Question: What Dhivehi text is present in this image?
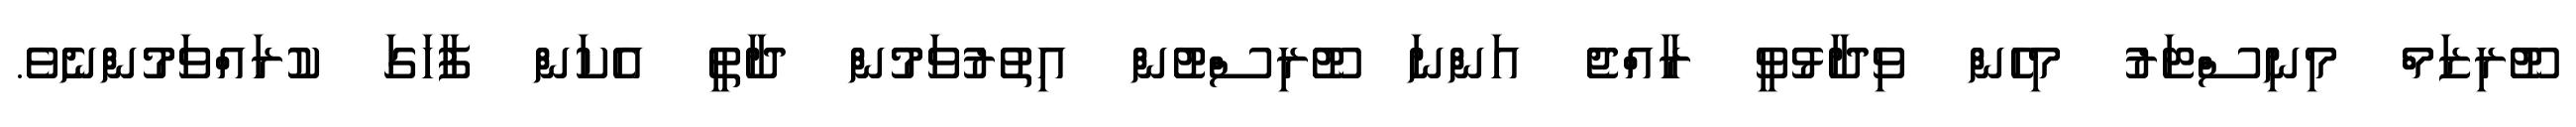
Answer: ޓޫރިޒަމް މިނިސްޓަރު މިހެން ވިދާޅުވީ ރާއްޖެ އަންނަ ޓޫރިސްޓުން އިތުރުވަމުން ދާތީ އެކަން ފާހަގަ ކުރައްވަމުންނެވެ.